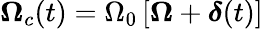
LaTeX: \boldsymbol{\Omega}_{c}(t)=\Omega_{0}\, [\boldsymbol{\Omega}+\boldsymbol{\delta}(t)]